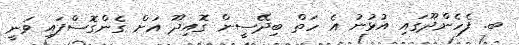
ބ. ފެހެންދޫގައި އުޅުނު އެ ހަތް ބިދޭސީން ގޮއިދޫ އަށް ގެންގޮސްފައި ވަނީ